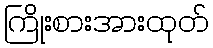
ကြိုးစားအားထုတ်